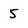
Character: 5